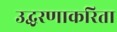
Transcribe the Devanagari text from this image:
उद्धरणाकरिता